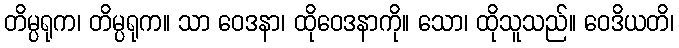
တိမ္ပရုက၊ တိမ္ပရုက။ သာ ဝေဒနာ၊ ထိုဝေဒနာကို။ သော၊ ထိုသူသည်။ ဝေဒိယတိ၊